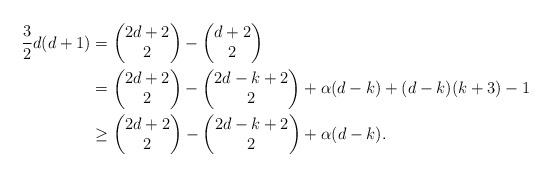
LaTeX: \begin{align*}\frac{3}{2}d(d+1) &= \begin{pmatrix} 2d+2\\2\end{pmatrix} - \begin{pmatrix} d+2\\2\end{pmatrix}\\&= \begin{pmatrix} 2d+2\\2\end{pmatrix} - \begin{pmatrix} 2d-k+2\\2\end{pmatrix} + \alpha(d-k) + (d-k)(k+3)-1\\&\geq \begin{pmatrix} 2d+2\\2\end{pmatrix} - \begin{pmatrix} 2d-k+2\\2\end{pmatrix} + \alpha(d-k).\end{align*}